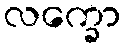
လက္ခော